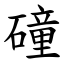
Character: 䃥